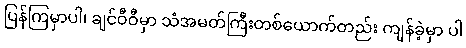
ပြန်ကြမှာပါ၊ ချင်ဝီဝီမှာ သံအမတ်ကြီးတစ်ယောက်တည်း ကျန်ခဲ့မှာ ပါ